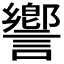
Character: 𧬰